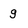
Character: g